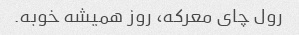
رول چای معرکه، روز همیشه خوبه.